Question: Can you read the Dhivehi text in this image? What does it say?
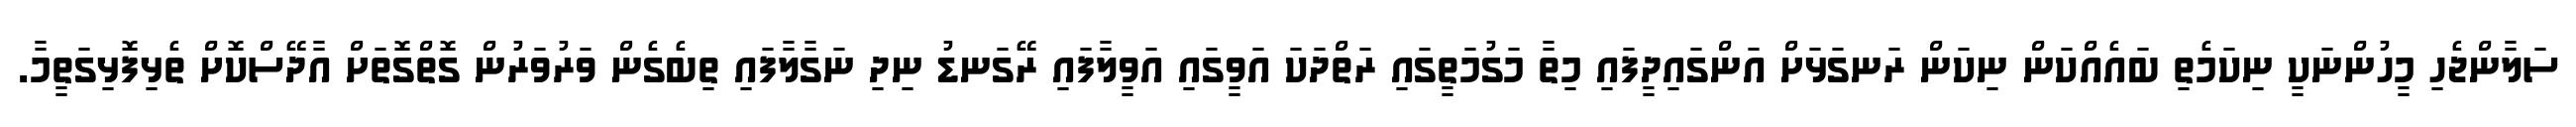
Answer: ސަލާންޖެހި މީހުންނަކީ ނިކަމެތި ބައެއްކަން ނިކަން ރަނގަޅަށް އަންގައިދީފައި މިތާ މަގުމަތީގައި ރަތްދަކަ އަވީގައި އަވީލާފައި ރޭގަނޑު ނިދި ނަގާލާފައި ތިބެގެން ވަރުވަރުން ގޮތްގޮތަށް އާދޭސްކޮށް ތެޅިފޮޅިގަތީމާ.